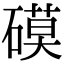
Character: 𥕓